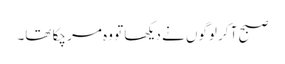
صبح آ کر لوگوں نے دیکھا تو وہ مر چکا تھا۔